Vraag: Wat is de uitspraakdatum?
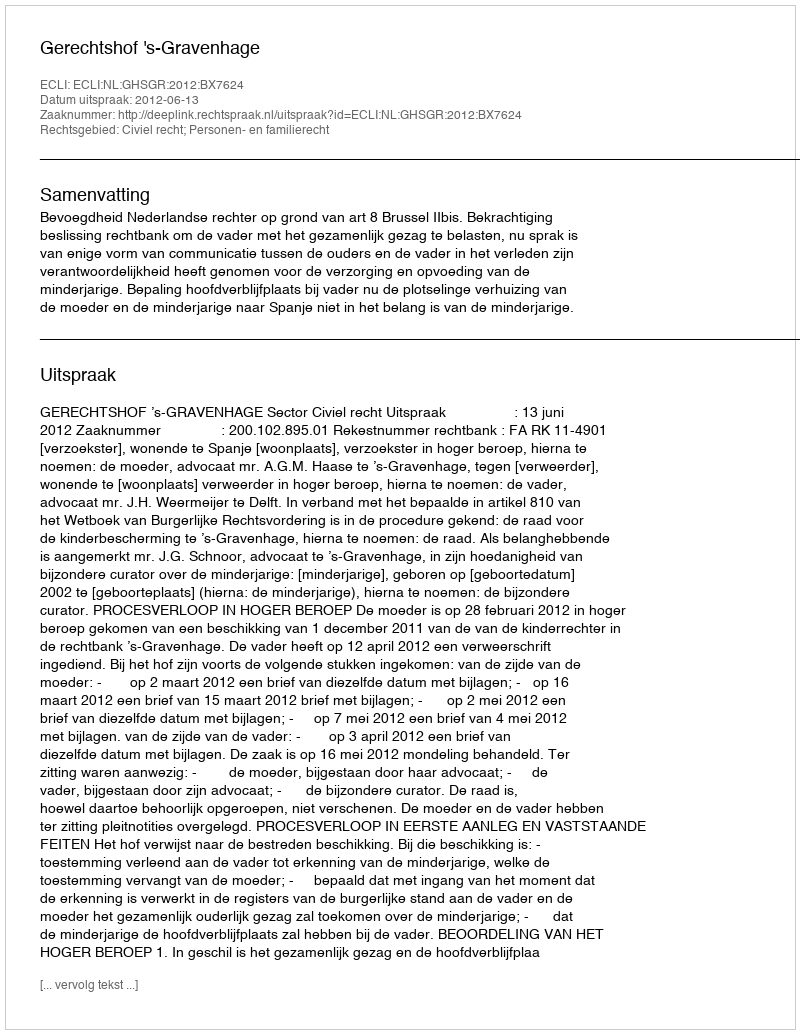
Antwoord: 2012-06-13